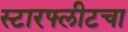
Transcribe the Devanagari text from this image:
स्टारफ्लीटचा